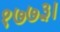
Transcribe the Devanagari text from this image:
१७७३।